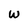
Character: w